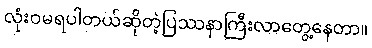
လုံးဝမရပါတယ်ဆိုတဲ့ပြဿနာကြီးလာတွေ့နေတာ။